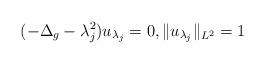
LaTeX: \begin{align*}(-\Delta_g-\lambda_j^2)u_{\lambda_j}=0,\|u_{\lambda_j}\|_{L^2}=1\end{align*}